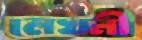
লেখনী